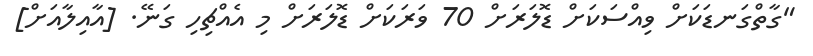
"ގާތްގަނޑަކަށް ވިއްސަކަށް ޑޮލަރަށް 70 ވަރަކަށް ޑޮލަރަށް މި އެއްޗިހި ގަނޭ. [އާއިލާއަށް]